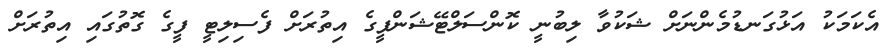
އެކަމަކު އަޅުގަނޑުމެންނަށް ޝަކުވާ ލިބުނީ ކޮންސަލްޓޭޝަންފީގެ އިތުރަށް ފެސިލިޓީ ފީގެ ގޮތުގައި އިތުރަށް